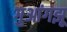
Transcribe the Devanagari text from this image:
गुआंगझू